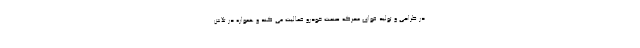
در طراحی و تولید قوای محرکه صنعت خودرو فعاليت مي كند و همواره در تلاش